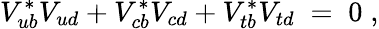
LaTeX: V_{ub}^{*}V_{ud}+V_{cb}^{*}V_{cd}+V_{tb}^{*}V_{td}\; =\; 0\; ,